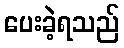
ပေးခဲ့ရသည်